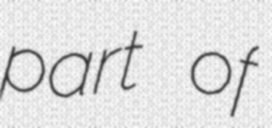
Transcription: part of